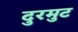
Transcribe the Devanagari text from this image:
दुरमुट